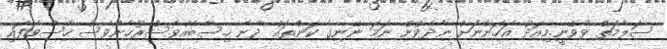
ސަލާމަތް ވެވޭނީ.މިއަދު އަހަންނަށް ނާދެވުނު ނަމަ ނޭނގެ ކަންތައް ދާނެ ހިސާބެއްވެސްރުހާންވެސް ހާސްވެފައި